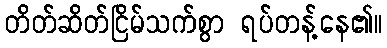
တိတ်ဆိတ်ငြိမ်သက်စွာ ရပ်တန့်နေ၏။